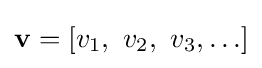
\mathbf {v} =\left[v_{1},\ v_{2},\ v_{3},\ldots \right]